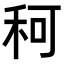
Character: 𥞍